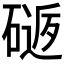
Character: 𥕈